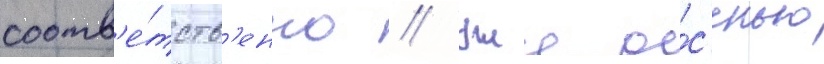
соотв'е́тств'енно // Уже о́с'енью